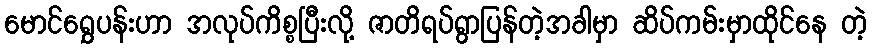
မောင်ရွှေပန်းဟာ အလုပ်ကိစ္စပြီးလို့ ဇာတိရပ်ရွာပြန်တဲ့အခါမှာ ဆိပ်ကမ်းမှာထိုင်နေ တဲ့